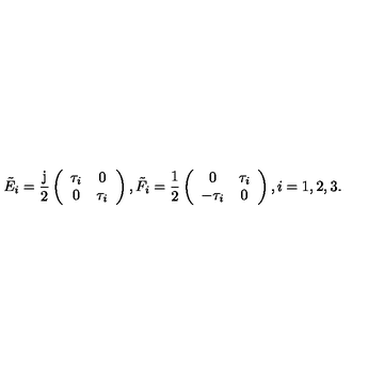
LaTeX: { \tilde { E } } _ { i } = \frac { \mathrm { j } } { 2 } \left( \begin{array} { c c } { \tau _ { i } } & { 0 } \\ { 0 } & { \tau _ { i } } \\ \end{array} \right) , { \tilde { F } } _ { i } = \frac { 1 } { 2 } \left( \begin{array} { c c } { 0 } & { \tau _ { i } } \\ { - \tau _ { i } } & { 0 } \\ \end{array} \right) , i = 1 , 2 , 3 .